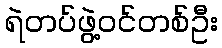
ရဲတပ်ဖွဲ့ဝင်တစ်ဦး